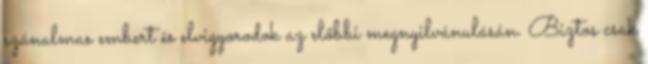
szánalmas embert és elvigyorodok az előbbi megnyilvánulásán. Biztos csak